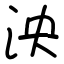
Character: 泱